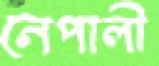
নেপালী